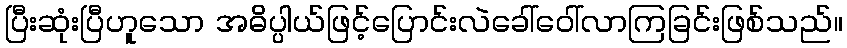
ပြီးဆုံးပြီဟူသော အဓိပ္ပါယ်ဖြင့်ပြောင်းလဲခေါ်ဝေါ်လာကြခြင်းဖြစ်သည်။